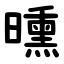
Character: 曛